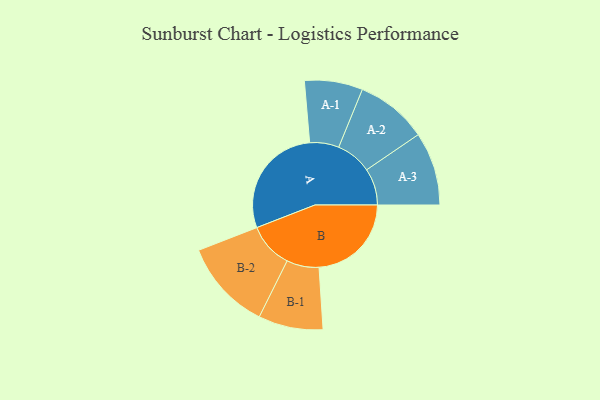
{"axis": {"x": "Segment", "y": "Value"}, "legend": ["", "A", "B"], "data": [{"x": "A", "y": 493, "type": ""}, {"x": "B", "y": 400, "type": ""}, {"x": "A-1", "y": 126, "type": "A"}, {"x": "A-2", "y": 155, "type": "A"}, {"x": "A-3", "y": 159, "type": "A"}, {"x": "B-1", "y": 140, "type": "B"}, {"x": "B-2", "y": 196, "type": "B"}]}